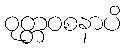
ဝုတ္တဝစနာပိ